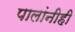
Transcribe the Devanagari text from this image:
पालांनीही